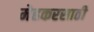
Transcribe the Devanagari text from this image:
मेहकरसाठी